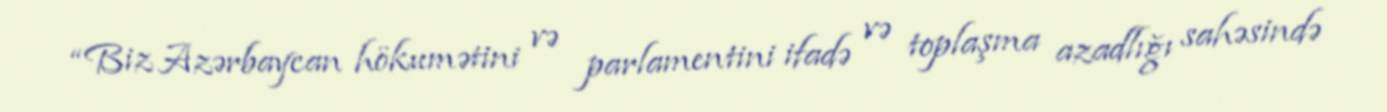
“Biz Azərbaycan hökumətini və parlamentini ifadə və toplaşma azadlığı sahəsində